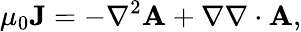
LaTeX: \mu_{0}\mathbf{J}=-\nabla^{2}\mathbf{A}+\nabla\nabla\cdot\mathbf{A},